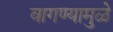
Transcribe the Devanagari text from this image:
वागण्यामुळे